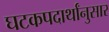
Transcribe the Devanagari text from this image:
घटकपदार्थांनुसार